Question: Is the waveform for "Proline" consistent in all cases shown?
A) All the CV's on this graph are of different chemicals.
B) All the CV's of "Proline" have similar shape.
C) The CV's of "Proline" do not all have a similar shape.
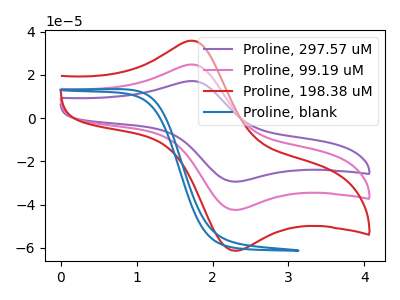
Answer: <think>The purple curve "Proline, 297.57 uM" has an anodic peak at (1.75V, 49.55uA) and a cathodic peak at (2.30V, -85.00uA). The pink curve "Proline, 99.19 uM" has an anodic peak at (1.75V, 24.80uA) and a cathodic peak at (2.30V, -42.50uA). The red curve "Proline, 198.38 uM" has an anodic peak at (1.75V, 35.80uA) and a cathodic peak at (2.30V, -61.40uA). The blue curve "Proline, blank" has no peaks.
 All the peaks in "Proline, 297.57 uM" have a peak in "Proline, 99.19 uM" at the same potential. Every peak in "Proline, 297.57 uM" is higher than every peak in "Proline, 99.19 uM". All the peaks in "Proline, 297.57 uM" have a peak in "Proline, 198.38 uM" at the same potential. Every peak in "Proline, 297.57 uM" is higher than every peak in "Proline, 198.38 uM". "Proline, 297.57 uM" and "Proline, blank" have a different number of peaks. All the peaks in "Proline, 99.19 uM" have a peak in "Proline, 198.38 uM" at the same potential. Every peak in "Proline, 99.19 uM" is lower than every peak in "Proline, 198.38 uM". "Proline, 99.19 uM" and "Proline, blank" have a different number of peaks. "Proline, 198.38 uM" and "Proline, blank" have a different number of peaks.</think>
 <answer>B) All the CV's of "Proline" have similar shape.</answer>
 <eval>B</eval>